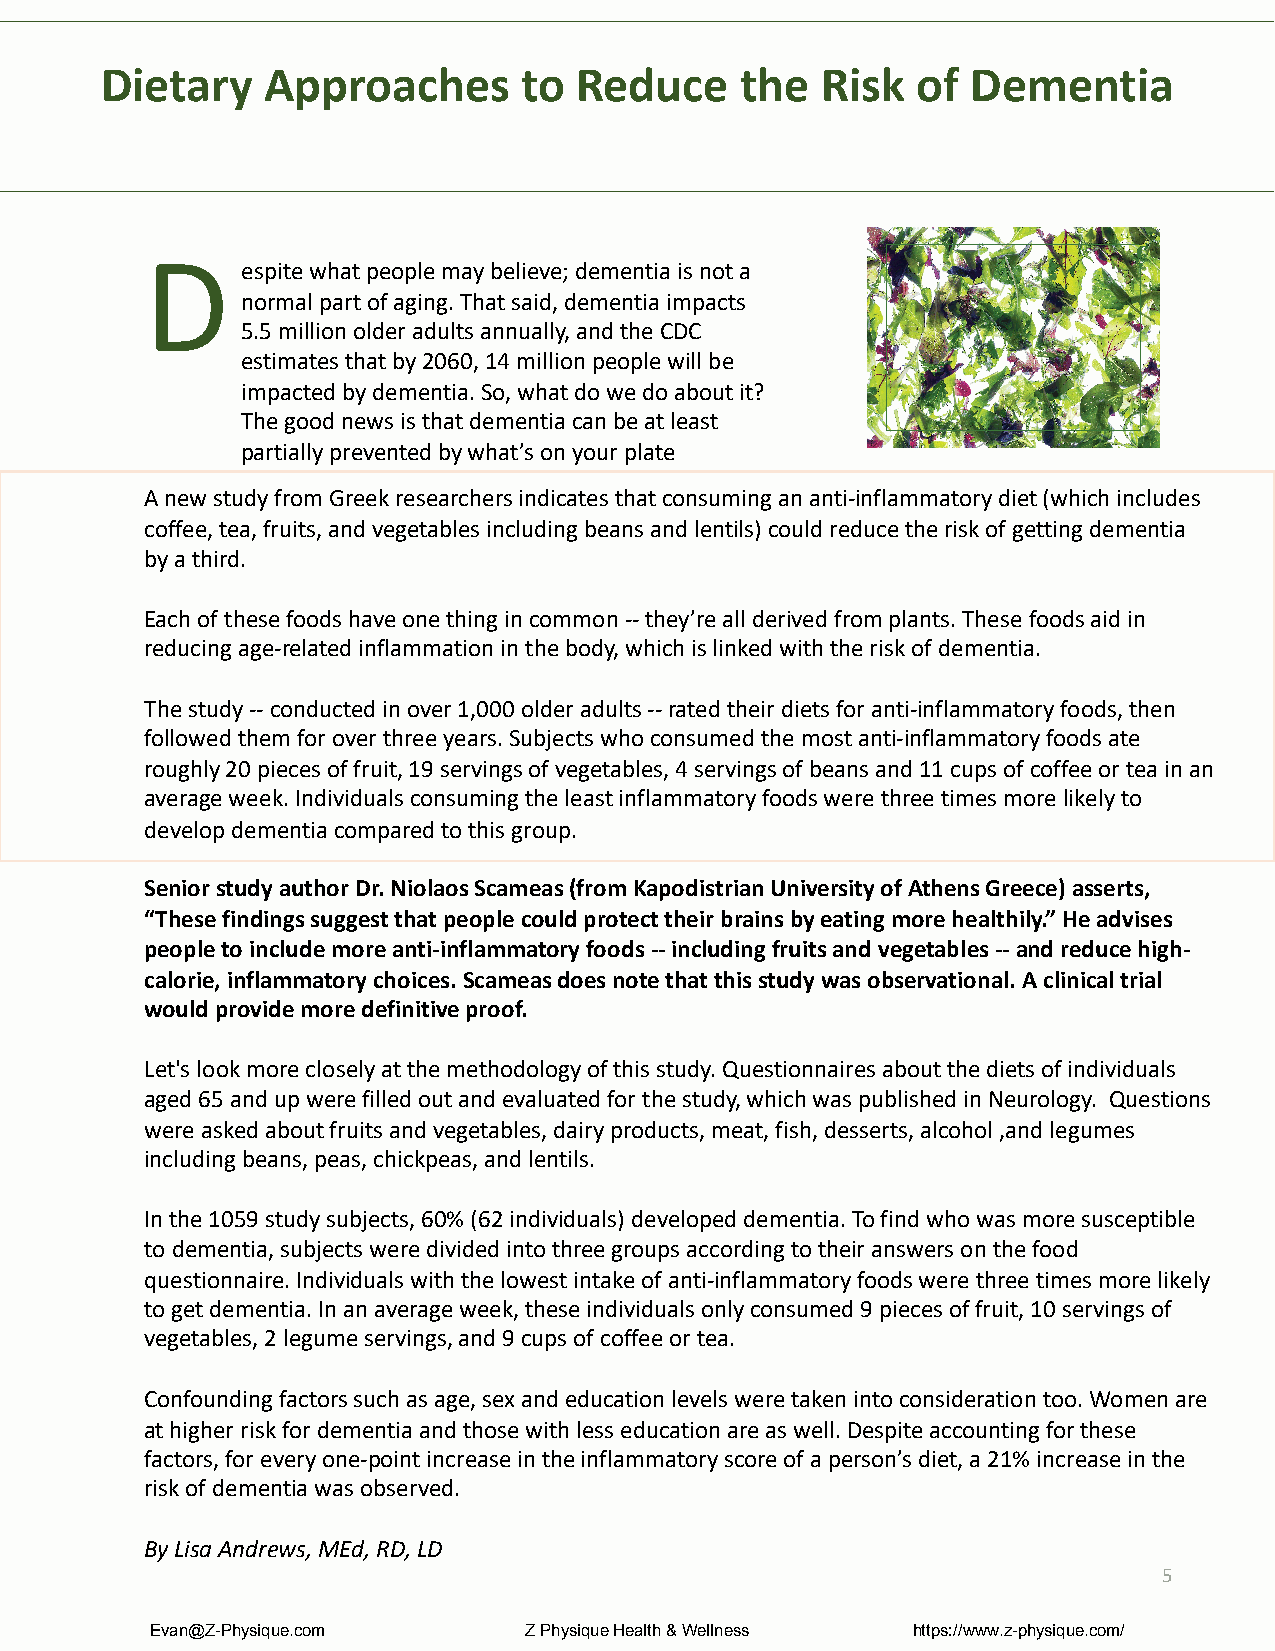
Dietary    Approaches       to Reduce     the  Risk   of Dementia
 D
 espitewhat people may believe; dementia is not a
 normal part of aging. That said, dementia impacts
 5.5 million older adults annually, and the CDC
 estimates that by 2060, 14 million people will be
 impacted by dementia. So, what do we do about it?
 The good news is that dementia can be at least
 partially prevented by what’s on your plate
 A new study from Greek researchers indicates that consuming an anti-inflammatory diet (which includes
 coffee, tea, fruits, and vegetables including beans and lentils) could reduce the risk of getting dementia
 by a third.
 Each of these foods have one thing in common --they’re all derived from plants. These foods aid in
 reducing age-related inflammation in the body, which is linked with the risk of dementia.
 The study --conducted in over 1,000 older adults --rated their diets for anti-inflammatory foods, then
 followed them for over three years. Subjects who consumed the most anti-inflammatory foods ate
 roughly 20 pieces of fruit, 19 servings of vegetables, 4 servings of beans and 11 cups of coffee or tea in an
 average week. Individuals consuming the least inflammatory foods were three times more likely to
 develop dementia compared to this group.
 Senior study author Dr. NiolaosScameas(from KapodistrianUniversity of Athens Greece) asserts,
 “These findings suggest that people could protect their brains by eating more healthily.” He advises
 people to include more anti-inflammatory foods --including fruits and vegetables --and reduce high-
 calorie, inflammatory choices. Scameasdoes note that this study was observational. A clinical trial
 would provide more definitive proof.
 Let's look more closely at the methodology of this study. Questionnaires about the diets of individuals
 aged 65 and up were filled out and evaluated for the study, which was published in Neurology. Questions
 were asked about fruits and vegetables, dairy products, meat, fish, desserts, alcohol ,and legumes
 including beans, peas, chickpeas, and lentils.
 In the 1059 study subjects, 60% (62 individuals) developed dementia. To find who was more susceptible
 to dementia, subjects were divided into three groups according to their answers on the food
 questionnaire.Individuals with the lowest intake of anti-inflammatory foods were three times more likely
 to get dementia. In an average week, these individuals only consumed 9 pieces of fruit, 10 servings of
 vegetables, 2 legume servings, and 9 cups of coffee or tea.
 Confounding factors such as age, sex and education levels were taken into consideration too. Women are
 at higher risk for dementia and those with less education are as well. Despite accounting for these
 factors, for every one-point increase in the inflammatory score of a person’s diet, a 21% increase in the
 risk of dementia was observed.
 By Lisa Andrews, MEd, RD, LD
 5
 Evan@Z-Physique.com      Z Physique Health & Wellness https://www.z-physique.com/